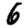
Digit: 6